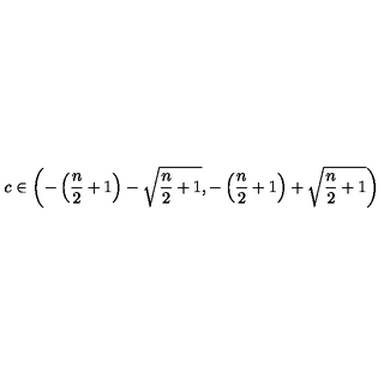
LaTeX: c \in \left( - \left( { \frac { n } { 2 } } + 1 \right) - \sqrt { { \frac { n } { 2 } } + 1 } , - \left( { \frac { n } { 2 } } + 1 \right) + \sqrt { { \frac { n } { 2 } } + 1 } \right)